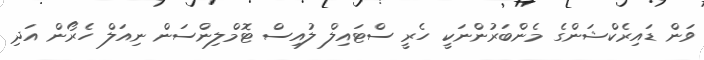
ވަން ޑައިރެކްޝަންގެ މެންބަރުންނަކީ ހެރީ ސްޓައިލް ލުއިސް ޓޮމްލިންސަން ނިއަލް ހެރޯން އަދި